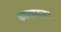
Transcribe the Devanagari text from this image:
कामकाज।